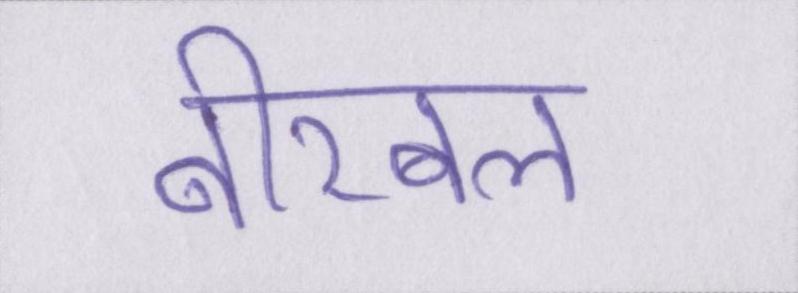
बीरबल